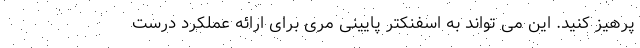
پرهیز کنید. این می تواند به اسفنکتر پایینی مری برای ارائه عملکرد درست